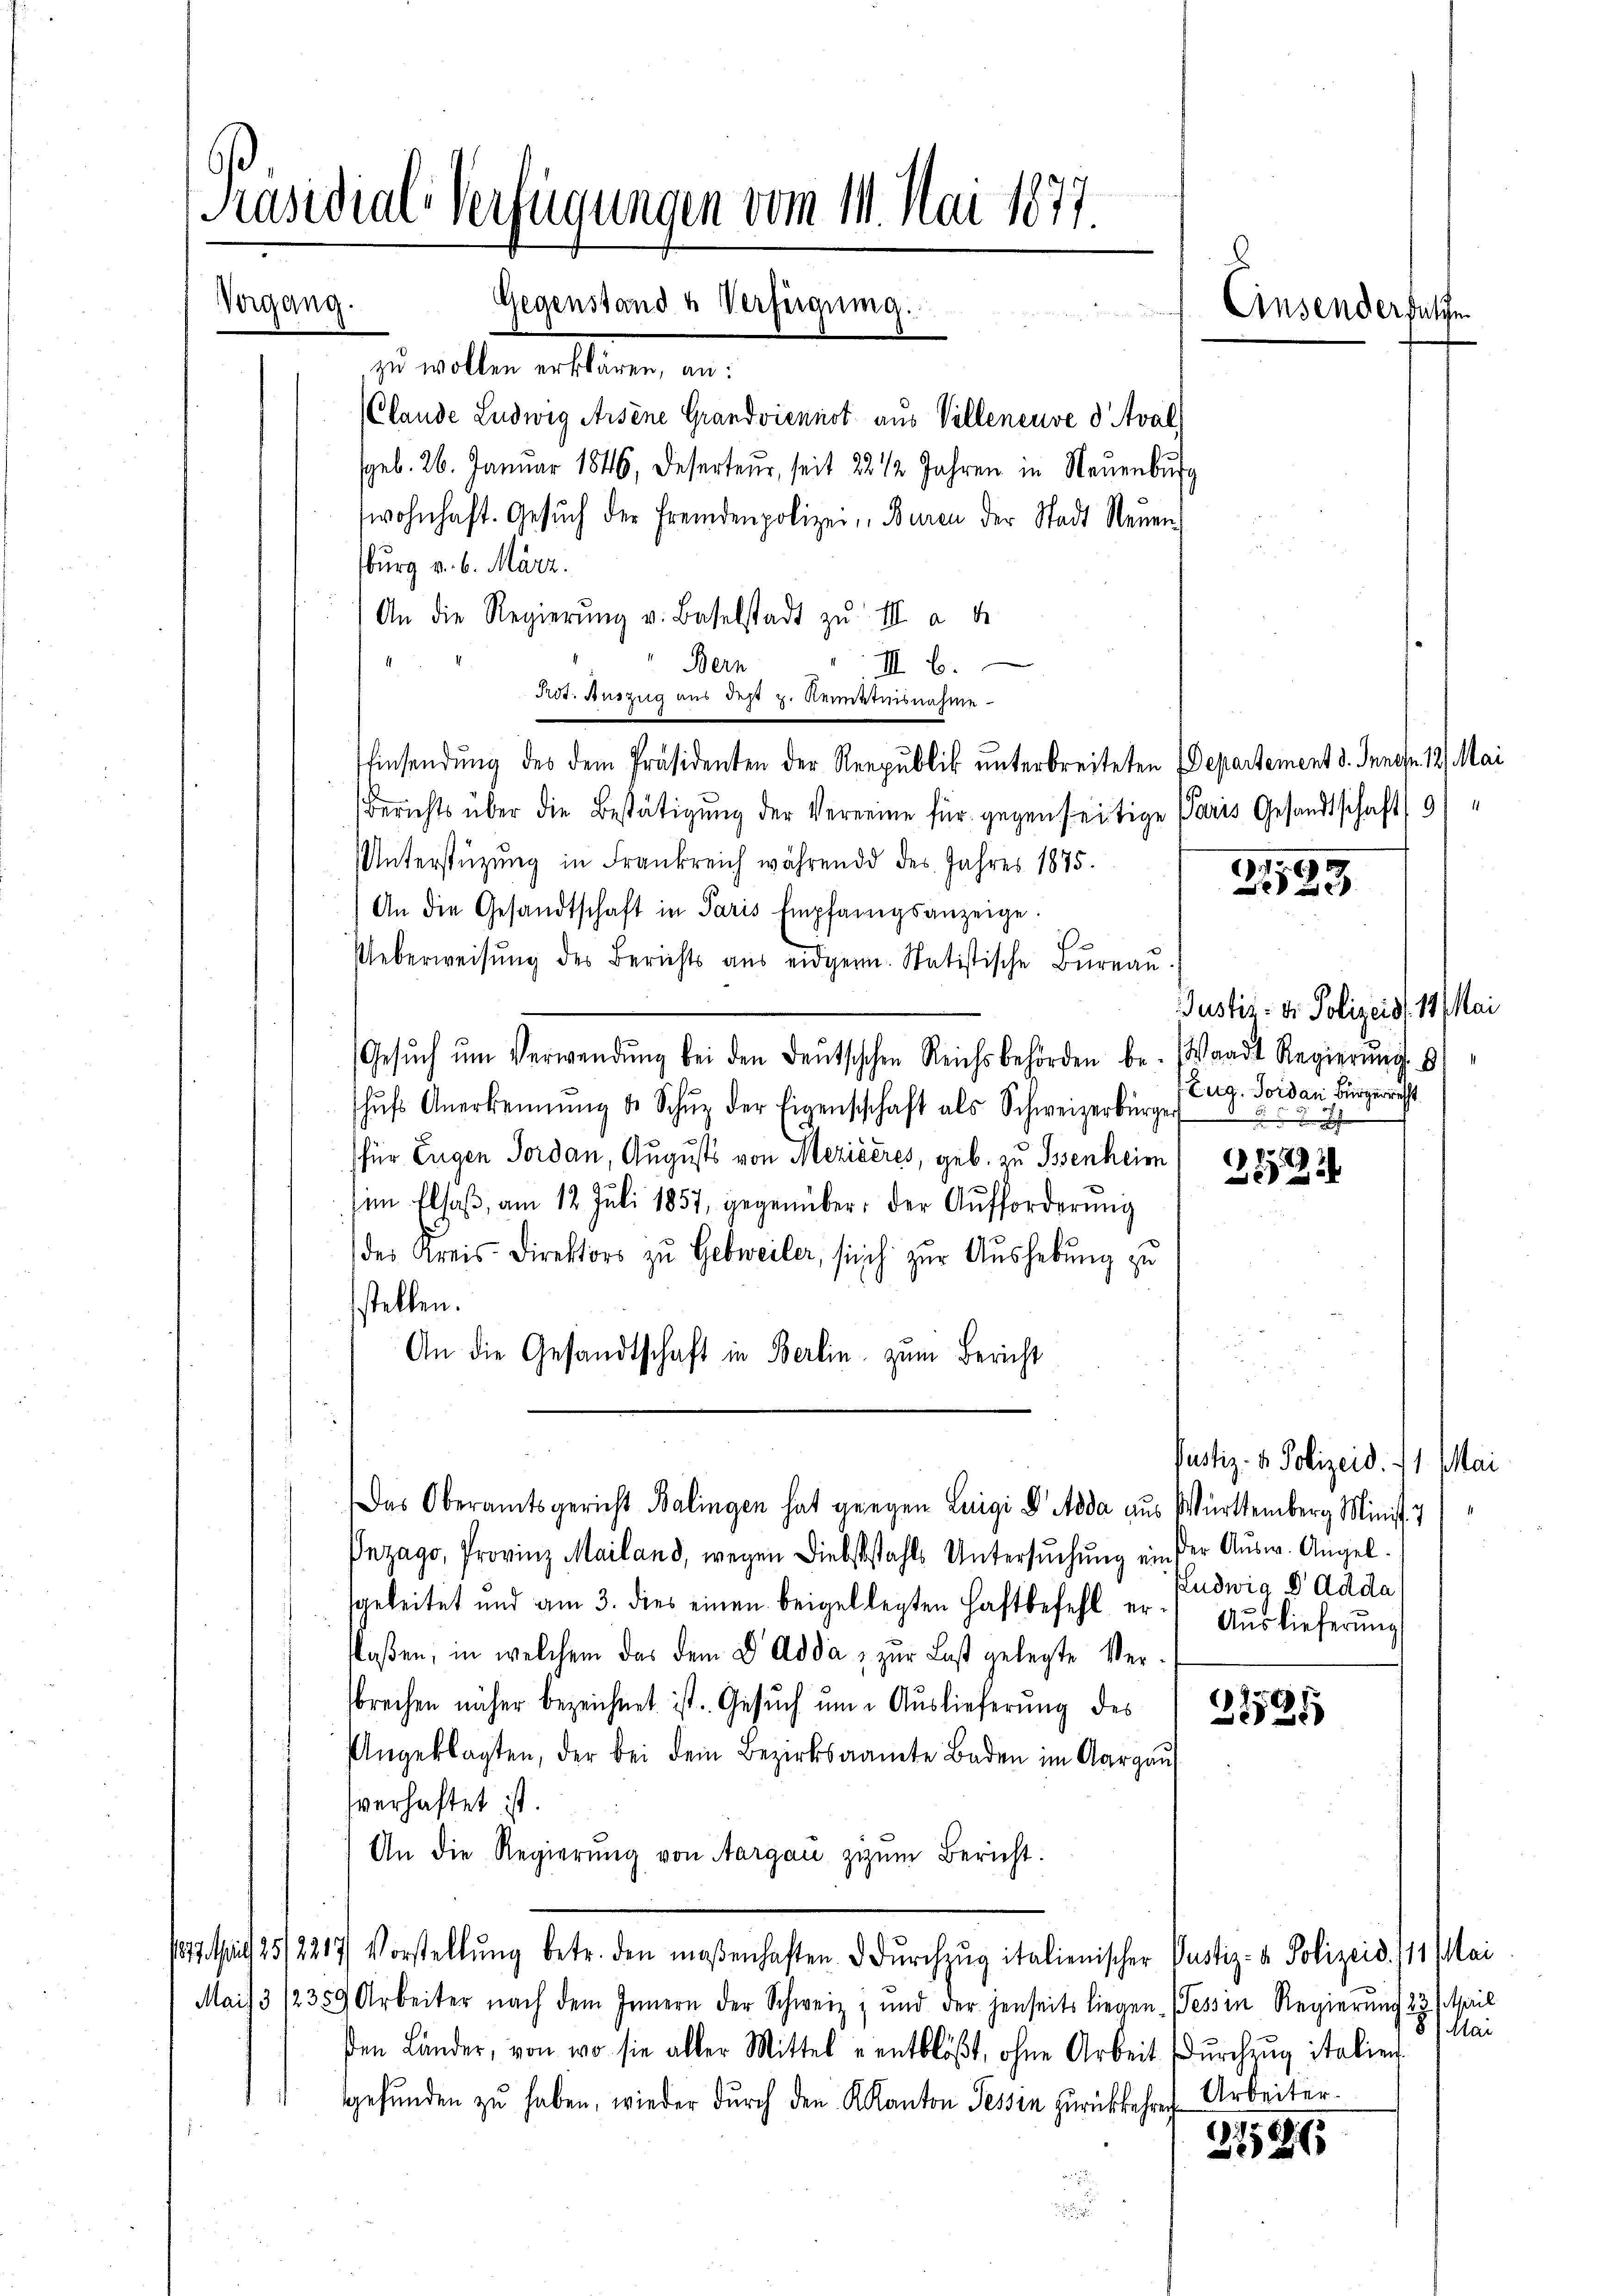
s
Präsidial-Verfügungen vom 14. Mai 1877.
.
Gegenstand u Verfügung.
Vergang.
Ainsenderfelche

zu wollen erklären, an:
Clande Ludwig Arsene Grandviennot aus Villeneuve d' Aval
geb. 26. Januar 1846, Deserteur, seit 22 1/2 Jahren in Neuenburg
wohnhaft. Gesŭch der fremdenpolizei, Buren der Stadt Neuen,
burg v. 6. März.
An die Regierŭng u. Baselstadt zŭ II a de
III 6.
Bern
Aod. Auszug aus des H. Renntnisnahme
Einsendung des dem Präsidenten der Republik unterbreiteten Departement d. Jenes. 12. Mai
Berichts über die Bestätigung der Vereine für gegenseitige Paris Gesandtschaft 9/
Unterstüzung in Frankreich während des Jahres 1875. 2153
An die Gesandtschaft in Paris Empfangsanzeige.
Ueberweisŭng des Berichts aus eidgen. Statistische Büreaŭ.
Gesŭch ŭm Verwendŭng bei den Deutschchen Reichsbehörden be- Waadt Regierŭng
hŭfs Anerkennung d. Schŭz der Eigenschchaft als Schweizerbürger
für Eugen Jordan, Augusts von Meziseres, geb. zu Essenheim
im Elsaß, am 12. Juli 1857, gegenüber, der Aufforderung
des Kreis-Direktors zu Gebweiler, sich zur Aushebung zu
stellen.
An die Gesandtschaft in Berlin zum Bericht
Das Oberamtsgericht Balingen hat gegen Luigi D Adda aus Württemberg Minist.
Inzago, Provinz Mailand, wegen Diebststahls Untersŭchŭng ein der Ausw. Angel¬
Ludwig 8 Adda
sgeleitet und am 3. dies einen beigel legten Haftbefehl er Auslieferŭng
Klaßen, in welchem das dem D Adda, zur Last gelegte Ver-
sbrechen näher bezeichnet ist. Gesuch um Auslieferung des
2795
Angeklagten, der bei dem Bezirksamte Baden im Aargau
verhaftet ist.
An die Regierŭng von Aargau zizŭm Bericht.
122. Mit 25/2217 Vorstellŭng betr. den maßenhaften dŭrchzŭg italienischer Pustiz- & Polizeid. /11 Mai
Mais 3 12359 Arbeiter nach dem Innern der Schweiz, und der jenseits liegen Tessin Regierung
βen Länder, von wo sie aller Mittel entblöβt, ohne Arbeit dŭrchzŭg italien
gefunden zu haben, wieder durch den Kanton Tessin zurückkehreche Arbeiter¬
21186
u

7

Justiz- & Polizeid. 11. Mai
Zug. Sodan Bürgerrecht

.

Justiz- & Polizeid. 11. Mai

April
slei